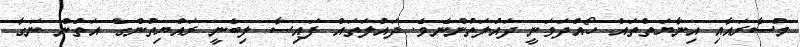
މުސާރައާއި އިނާޔަތްތައް ހޯއްދަވަނީ ދައުލަތުންނެވެ. ދައުލަތައް ފައިސާ ލިބެނީ ރައްޔިތުންގެ އަތުން ނަގާ